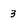
Character: 3